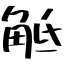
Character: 觝